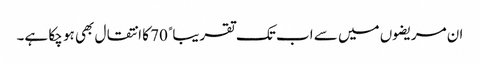
ان مریضوں میں سے اب تک تقریباﹰ 70 کا انتقال بھی ہو چکا ہے۔